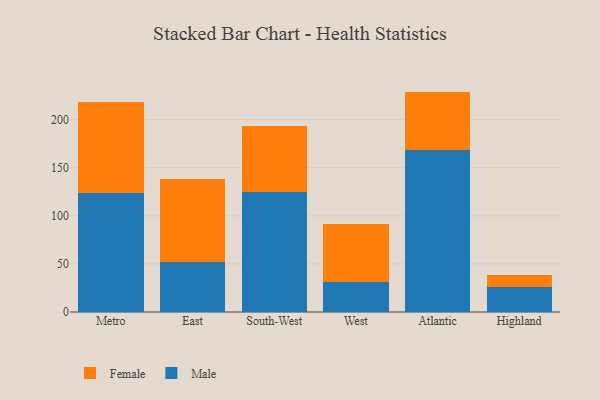
{"axis": {"x": "Region", "y": "Operating Costs (USD K)"}, "legend": ["Female", "Male"], "data": [{"x": "Metro", "y": 123.6, "type": "Male"}, {"x": "Metro", "y": 95.3, "type": "Female"}, {"x": "East", "y": 51.8, "type": "Male"}, {"x": "East", "y": 86.9, "type": "Female"}, {"x": "South-West", "y": 124.8, "type": "Male"}, {"x": "South-West", "y": 69.1, "type": "Female"}, {"x": "West", "y": 30.9, "type": "Male"}, {"x": "West", "y": 60.8, "type": "Female"}, {"x": "Atlantic", "y": 168.8, "type": "Male"}, {"x": "Atlantic", "y": 60.4, "type": "Female"}, {"x": "Highland", "y": 25.7, "type": "Male"}, {"x": "Highland", "y": 13.0, "type": "Female"}]}